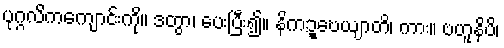
ပုဂ္ဂလိကကျောင်းကို။ ဒတွာ၊ ပေးပြီး၍။ နိကဍ္ဎေယျာတိ၊ ကား။ ဗဟူနိပိ၊